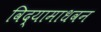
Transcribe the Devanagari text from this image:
विद्यामाधवन